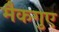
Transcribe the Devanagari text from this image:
मैकगुए